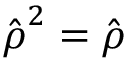
\hat { \boldsymbol { \rho } } ^ { 2 } = \hat { \boldsymbol { \rho } }